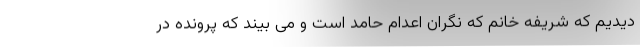
دیدیم که شریفه خانم که نگران اعدام حامد است و می بیند که پرونده در